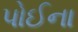
પોઈના